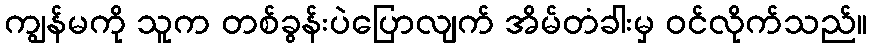
ကျွန်မကို သူက တစ်ခွန်းပဲပြောလျက် အိမ်တံခါးမှ ဝင်လိုက်သည်။